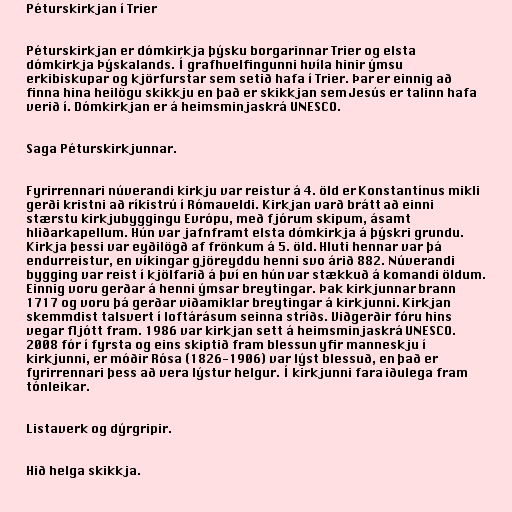
Péturskirkjan í Trier

Péturskirkjan er dómkirkja þýsku borgarinnar Trier og elsta
dómkirkja Þýskalands. Í grafhvelfingunni hvíla hinir ýmsu
erkibiskupar og kjörfurstar sem setið hafa í Trier. Þar er einnig að
finna hina heilögu skikkju en það er skikkjan sem Jesús er talinn hafa
verið í. Dómkirkjan er á heimsminjaskrá UNESCO.

Saga Péturskirkjunnar.

Fyrirrennari núverandi kirkju var reistur á 4. öld er Konstantínus mikli
gerði kristni að ríkistrú í Rómaveldi. Kirkjan varð brátt að einni
stærstu kirkjubyggingu Evrópu, með fjórum skipum, ásamt
hliðarkapellum. Hún var jafnframt elsta dómkirkja á þýskri grundu.
Kirkja þessi var eyðilögð af frönkum á 5. öld. Hluti hennar var þá
endurreistur, en víkingar gjöreyddu henni svo árið 882. Núverandi
bygging var reist í kjölfarið á því en hún var stækkuð á komandi öldum.
Einnig voru gerðar á henni ýmsar breytingar. Þak kirkjunnar brann
1717 og voru þá gerðar viðamiklar breytingar á kirkjunni. Kirkjan
skemmdist talsvert í loftárásum seinna stríðs. Viðgerðir fóru hins
vegar fljótt fram. 1986 var kirkjan sett á heimsminjaskrá UNESCO.
2008 fór í fyrsta og eins skiptið fram blessun yfir manneskju í
kirkjunni, er móðir Rósa (1826-1906) var lýst blessuð, en það er
fyrirrennari þess að vera lýstur helgur. Í kirkjunni fara iðulega fram
tónleikar.

Listaverk og dýrgripir.

Hið helga skikkja.